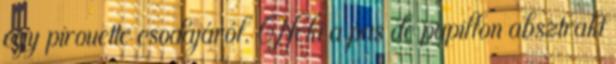
egy pirouette csodájáról. Neki a pas de papillon absztrakt